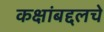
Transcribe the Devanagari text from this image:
कक्षांबद्दलचे